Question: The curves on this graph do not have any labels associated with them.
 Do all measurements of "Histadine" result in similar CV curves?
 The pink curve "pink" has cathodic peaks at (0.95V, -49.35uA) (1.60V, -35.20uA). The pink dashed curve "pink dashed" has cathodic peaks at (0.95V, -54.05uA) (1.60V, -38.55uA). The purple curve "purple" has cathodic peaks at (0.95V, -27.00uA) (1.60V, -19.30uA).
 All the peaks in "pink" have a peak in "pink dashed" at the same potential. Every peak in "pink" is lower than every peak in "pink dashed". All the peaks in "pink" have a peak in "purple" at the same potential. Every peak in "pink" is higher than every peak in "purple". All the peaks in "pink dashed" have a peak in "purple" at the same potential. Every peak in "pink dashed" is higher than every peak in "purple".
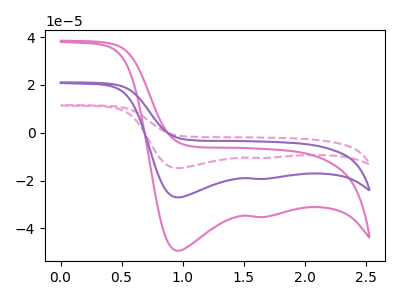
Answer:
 <answer>All the CV's of "Histadine" have similar shape.</answer>
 <eval>follow_rule</eval>